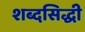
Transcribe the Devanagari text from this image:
शब्दसिद्धी